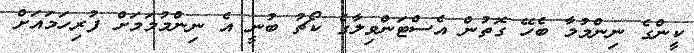
ކީންގެ ނިންމުމާ ބެހޭ ގޮތުން އެސްޓަންވިލާގެ ކޯޗު ބުނީ އެ ނިންމުމަމަށް ފުރިހަމައަށް